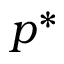
p ^ { * }